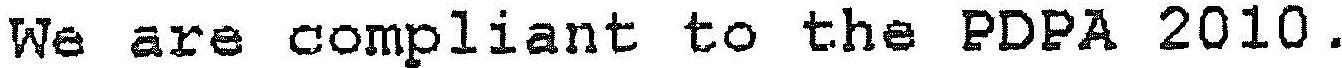
WE ARE COMPLIANT TO THE PDPA 2010.